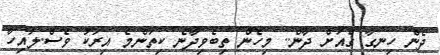
ދެން ހިނގާ ގެއަށް ދާން.. މިހެން ތިބެވިދާނެ ކިތަންމެ އިރަކު ވެސް.ލައިހާ